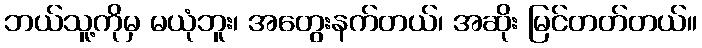
ဘယ်သူ့ကိုမှ မယုံဘူး၊ အတွေးနက်တယ်၊ အဆိုး မြင်တတ်တယ်။